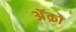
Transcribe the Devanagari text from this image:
अॅक्रो